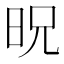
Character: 㫛